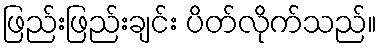
ဖြည်းဖြည်းချင်း ပိတ်လိုက်သည်။